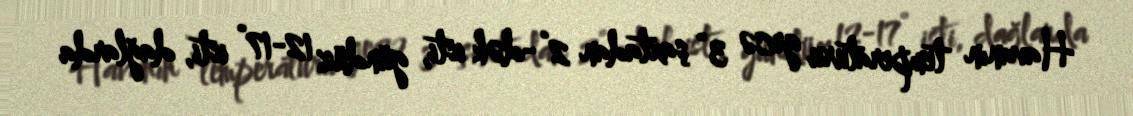
Havanın temperaturu gecə 3° şaxtadan 2°-dək isti, gündüz 12-17° isti, dağlarda